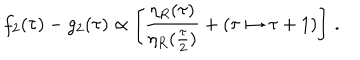
f _ { 2 } ( \tau ) - g _ { 2 } ( \tau ) \propto \left[ { \frac { \eta _ { R } ( \tau ) } { \eta _ { R } ( { \frac { \tau } { 2 } } ) } } + ( \tau \mapsto \tau + 1 ) \right] \, .